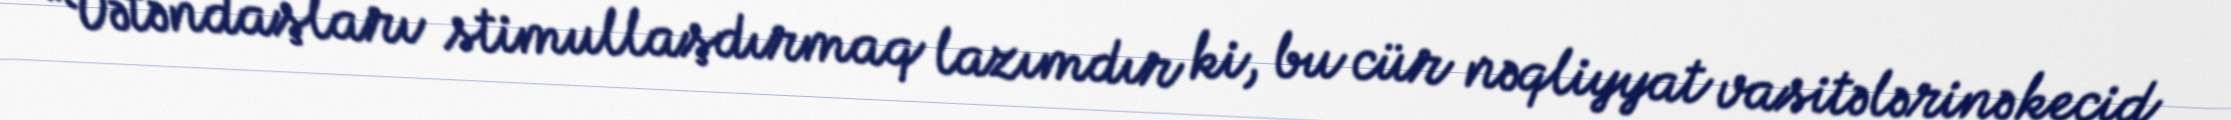
“Vətəndaşları stimullaşdırmaq lazımdır ki, bu cür nəqliyyat vasitələrinə keçid